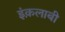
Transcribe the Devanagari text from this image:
इंक़लाबी